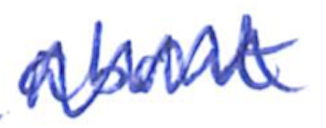
Text: about
Cross-out: zig-zag
Writing tool: ballpoint